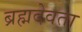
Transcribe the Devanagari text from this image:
ब्रह्मदेवता